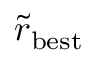
\tilde { r } _ { \mathrm { b e s t } }